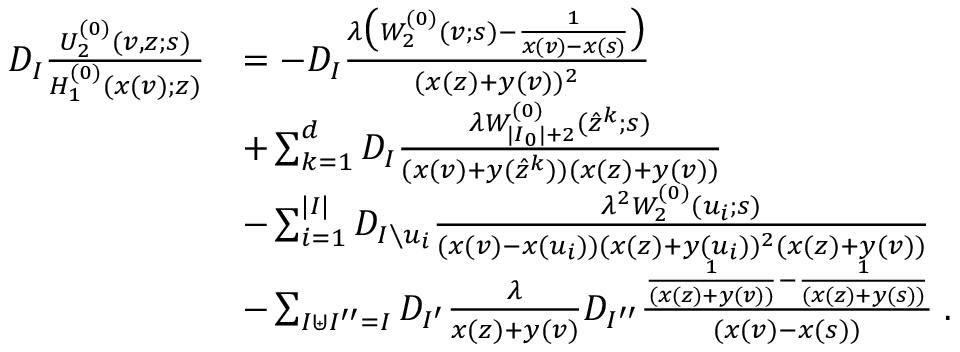
\begin{array} { r l } { D _ { I } \frac { U _ { 2 } ^ { ( 0 ) } ( v , z ; s ) } { H _ { 1 } ^ { ( 0 ) } ( x ( v ) ; z ) } } & { = - D _ { I } \frac { \lambda \big ( W _ { 2 } ^ { ( 0 ) } ( v ; s ) - \frac { 1 } { x ( v ) - x ( s ) } \big ) } { ( x ( z ) + y ( v ) ) ^ { 2 } } } \\ & { + \sum _ { k = 1 } ^ { d } D _ { I } \frac { \lambda W _ { | I _ { 0 } | + 2 } ^ { ( 0 ) } ( \hat { z } ^ { k } ; s ) } { ( x ( v ) + y ( \hat { z } ^ { k } ) ) ( x ( z ) + y ( v ) ) } } \\ & { - \sum _ { i = 1 } ^ { | I | } D _ { I \setminus u _ { i } } \frac { \lambda ^ { 2 } W _ { 2 } ^ { ( 0 ) } ( u _ { i } ; s ) } { ( x ( v ) - x ( u _ { i } ) ) ( x ( z ) + y ( u _ { i } ) ) ^ { 2 } ( x ( z ) + y ( v ) ) } } \\ & { - \sum _ { I \uplus I ^ { \prime \prime } = I } D _ { I ^ { \prime } } \frac { \lambda } { x ( z ) + y ( v ) } D _ { I ^ { \prime \prime } } \frac { \frac { 1 } { ( x ( z ) + y ( v ) ) } - \frac { 1 } { ( x ( z ) + y ( s ) ) } } { ( x ( v ) - x ( s ) ) } \; . } \end{array}